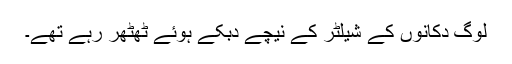
لوگ دُکانوں کے شیلٹر کے نیچے دبکے ہوئے ٹھٹھر رہے تھے۔